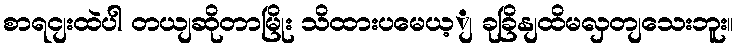
စာရငျးထဲပါ တယျဆိုတာမြိုး သိထားပမေယ့ျ ခုခြိနျထိမလှတျသေးဘူး။